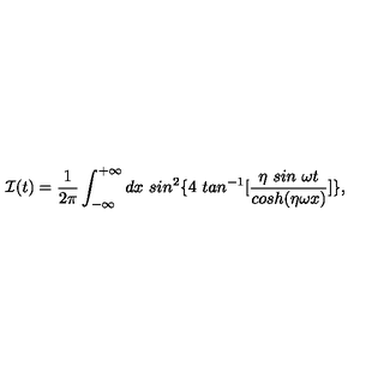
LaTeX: { \cal I } ( t ) = \frac { 1 } { 2 \pi } \int _ { - \infty } ^ { + \infty } d x \ s i n ^ { 2 } \{ 4 \ t a n ^ { - 1 } [ \frac { \eta \ s i n \ \omega t } { c o s h ( \eta \omega x ) } ] \} ,